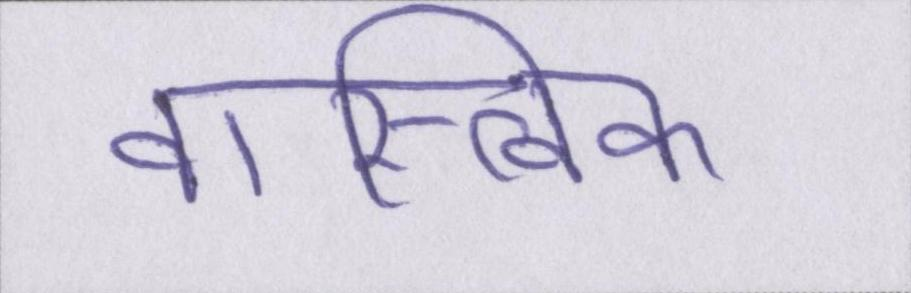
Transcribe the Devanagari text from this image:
वास्त्विक